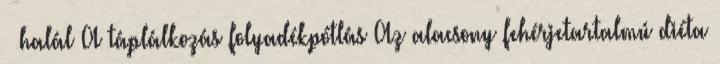
 halál A táplálkozás folyadékpótlás Az alacsony fehérjetartalmú diéta